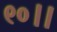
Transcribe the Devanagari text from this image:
९०।।